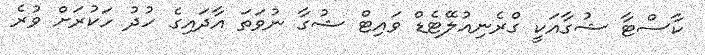
ކާސްޓާ ޝުގާއަކީ ގްރެނިއުލޭޓެޑް ވައިޓް ޝުގާ ނުވަތަ އާދައިގެ ހުދު ހަކުރަށް ވުރެ